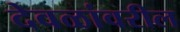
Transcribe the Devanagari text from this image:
देवळांवरील